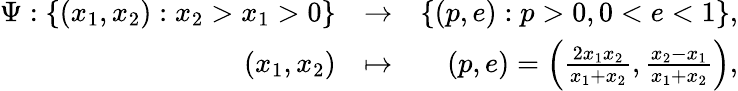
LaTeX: \begin{array}{rlr}{\Psi:\left\{ (x_{1},x_{2}):x_{2}>x_{1}>0\right\} }&{\to}&{\left\{ (p,e):p>0,0<e<1\right\} ,}\\ {(x_{1},x_{2})}&{\mapsto}&{(p,e)=\left(\frac{2x_{1}x_{2}}{x_{1}+x_{2}},\frac{x_{2}-x_{1}}{x_{1}+x_{2}}\right),}\end{array}